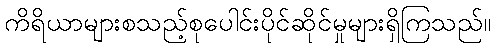
ကိရိယာများစသည့်စုပေါင်းပိုင်ဆိုင်မှုများရှိကြသည်။